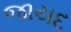
જાયદ